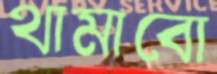
থামাবো